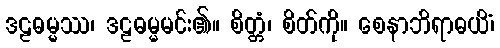
ဒဠဓမ္မဿ၊ ဒဠဓမ္မမင်း၏။ စိတ္တံ၊ စိတ်ကို။ စေနာဘိရာဓယိံ၊